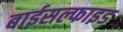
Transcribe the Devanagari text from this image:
बाईसल्फाइड